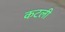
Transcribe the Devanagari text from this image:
कटली